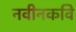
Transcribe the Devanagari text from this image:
नवीनकवि